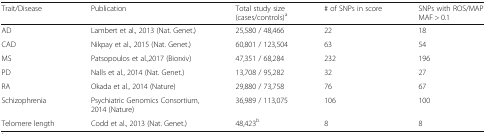
| Trait/Disease | Publication | Total study size (cases/controls)a | # of SNPs in score | SNPs with ROS/MAP MAF > 0.1 |
 | --- | --- | --- | --- | --- |
 | AD | Lambert et al., 2013 (Nat. Genet.) | 25,580 / 48,466 | 22 | 18 |
 | CAD | Nikpay et al., 2015 (Nat. Genet.) | 60,801 / 123,504 | 63 | 54 |
 | MS | Patsopoulos et al.,2017 (Biorxiv) | 47,351 / 68,284 | 232 | 196 |
 | PD | Nalls et al., 2014 (Nat. Genet.) | 13,708 / 95,282 | 32 | 27 |
 | RA | Okada et al., 2014 (Nature) | 29,880 / 73,758 | 76 | 67 |
 | Schizophrenia | Psychiatric Genomics Consortium, 2014 (Nature) | 36,989 / 113,075 | 106 | 100 |
 | Telomere length | Codd et al., 2013 (Nat. Genet.) | 48,423b | 8 | 8 |